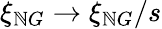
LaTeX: \xi_{\mathbb{N}G}\to\xi_{\mathbb{N}G}/s